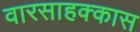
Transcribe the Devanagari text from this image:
वारसाहक्कास